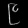
Digit: ၉